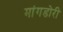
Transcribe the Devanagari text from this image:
मांगडोरी